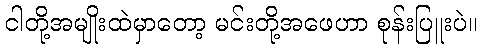
ငါတို့အမျိုးထဲမှာတော့ မင်းတို့အဖေဟာ စုန်းပြူးပဲ။